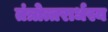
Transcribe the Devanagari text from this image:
तंत्रोत्तरार्धस्य